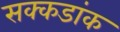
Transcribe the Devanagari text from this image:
सक्कडांक